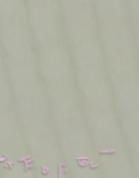
أدوات منزلية عالية الجودة